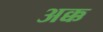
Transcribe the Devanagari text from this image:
अक्क